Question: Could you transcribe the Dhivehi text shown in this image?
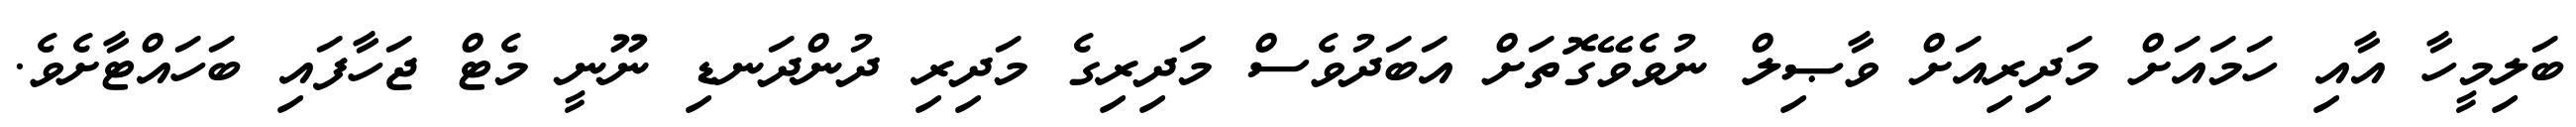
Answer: ބަލިމީހާ އާއި ހަމައަށް މަދިރިއަށް ވާޞިލް ނުވެވޭގޮތަށް އަބަދުވެސް މަދިރިގެ މަދިރި ދުންދަނޑި ނޫނީ މެޓް ޖަހާފައި ބަހައްޓާށެވެ.